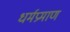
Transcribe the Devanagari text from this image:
धर्मप्रमाण